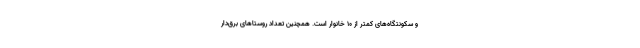
و سکونتگاه‌های کمتر از ۱۰ خانوار است. همچنین تعداد روستا‌های برق‌دار